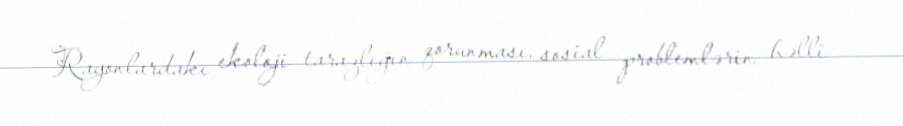
Rayonlardakı ekoloji tarazlığın qorunması, sosial problemlərin həlli